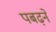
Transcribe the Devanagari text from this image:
पबढ़ने